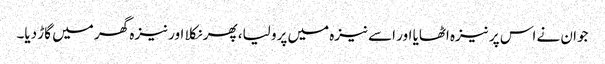
جوان نے اس پر نیزہ اٹھایا اور اسے نیزہ میں پرو لیا، پھر نکلا اور نیزہ گھر میں گاڑ دیا۔